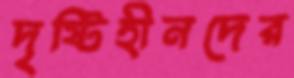
দৃষ্টিহীনদের